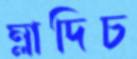
ম্লাদিচ